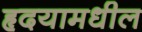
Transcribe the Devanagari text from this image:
हृदयामधील